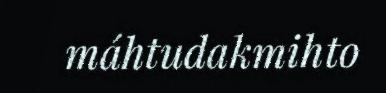
máhtudakmihto